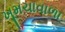
ખૂમચાવાળા